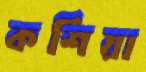
কশিয়া